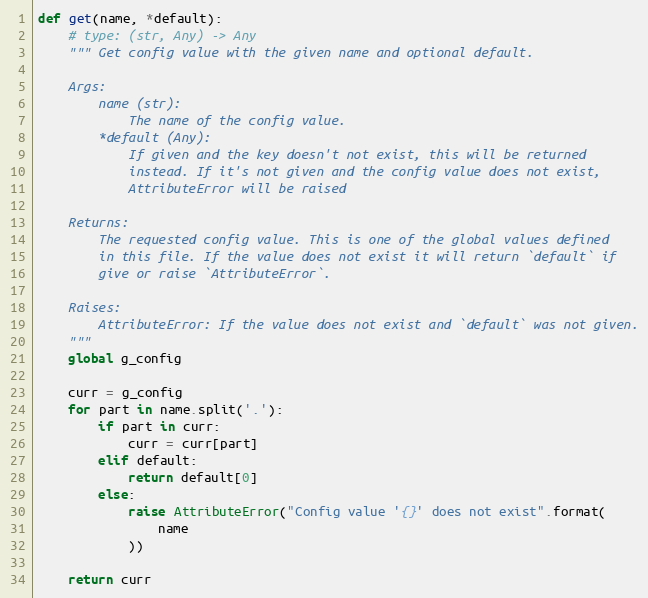
Language: Python
def get(name, *default):
    # type: (str, Any) -> Any
    """ Get config value with the given name and optional default.

    Args:
        name (str):
            The name of the config value.
        *default (Any):
            If given and the key doesn't not exist, this will be returned
            instead. If it's not given and the config value does not exist,
            AttributeError will be raised

    Returns:
        The requested config value. This is one of the global values defined
        in this file. If the value does not exist it will return `default` if
        give or raise `AttributeError`.

    Raises:
        AttributeError: If the value does not exist and `default` was not given.
    """
    global g_config

    curr = g_config
    for part in name.split('.'):
        if part in curr:
            curr = curr[part]
        elif default:
            return default[0]
        else:
            raise AttributeError("Config value '{}' does not exist".format(
                name
            ))

    return curr